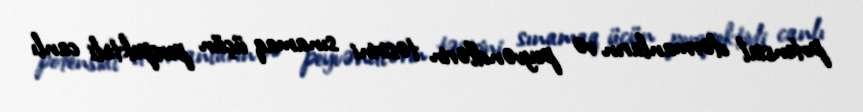
potensial dərmanların və peyvəndlərin təsirini sınamaq üçün perspektivli canlı